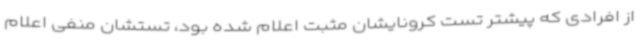
از افرادی که پیشتر تست کرونایشان مثبت اعلام شده بود، تستشان منفی اعلام